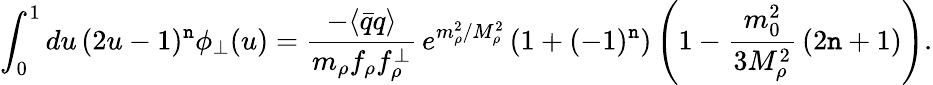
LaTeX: \int_{0}^{1}du\, (2u-1)^{\mathtt{n}}\phi_{\perp}(u)=\frac{{-\langle\bar{{q}}q\rangle}}{{m_{\rho}f_{\rho}f_{\rho}^{\perp}}}\, e^{m_{\rho}^{2}/M_{\rho}^{2}}\left(1+(-1)^{\mathtt{n}}\right)\left(1-\frac{{m_{0}^{2}}}{{3M_{\rho}^{2}}}\, (2\mathtt{n}+1)\right).